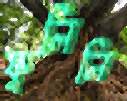
ফুলিলি